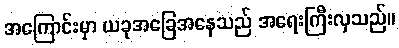
အကြောင်းမှာ ယခုအခြေအနေသည် အရေးကြီးလှသည်။